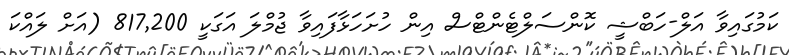
ކަމުގައިވާ އަލް-ހަބްޝީ ކޮންސަލްޓެންޓްސް އިން ހުށަހަޅާފައިވާ ޖުމްލަ އަގަކީ 817